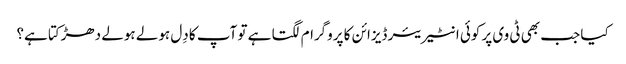
کیا جب بھی ٹی وی پر کوئی انٹیریئر ڈیزائن کا پروگرام لگتا ہے تو آپ کا دِل ہولے ہولے دھڑکتا ہے؟